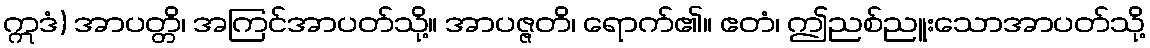
ဣဒံ) အာပတ္တိ၊ အကြင်အာပတ်သို့။ အာပဇ္ဇတိ၊ ရောက်၏။ ဧတံ၊ ဤညစ်ညူးသောအာပတ်သို့